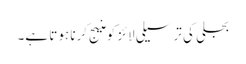
بجلی کی ترسیلی لائز کو منیج کرنا ہوتا ہے۔